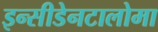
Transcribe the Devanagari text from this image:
इन्सीडेनटालोमा